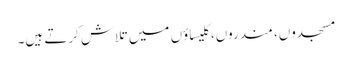
مسجدوں، مندروں، کلیساؤں میں تلاش کرتے ہیں۔